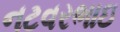
નટવરભાઇ